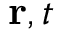
{ \bf r } , t